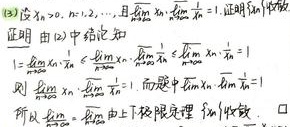
(3) 设 \(x_n>0,n = 1,2,\cdots\)，且 \(\lim\limits_{n\rightarrow\infty}x_n\cdot\sum\limits_{k = 1}^{n}\frac{1}{x_k}=1\). 证明 \(\sum\limits_{n = 1}^{\infty}x_n\) 收敛。

证明：由(2)中结论知
\[1=\lim\limits_{n\rightarrow\infty}x_n\cdot\sum\limits_{k = 1}^{n}\frac{1}{x_k}\leq\lim\limits_{n\rightarrow\infty}x_n\cdot\lim\limits_{n\rightarrow\infty}\sum\limits_{k = 1}^{n}\frac{1}{x_k}=1\]
则 \(\lim\limits_{n\rightarrow\infty}x_n\cdot\lim\limits_{n\rightarrow\infty}\sum\limits_{k = 1}^{n}\frac{1}{x_k}=1\)。而题中 \(\lim\limits_{n\rightarrow\infty}x_n\cdot\sum\limits_{k = 1}^{n}\frac{1}{x_k}=1\)，所以 \(\lim\limits_{n\rightarrow\infty}\frac{1}{x_n}\) 。由上极限定理知 \(\sum\limits_{n = 1}^{\infty}x_n\) 收敛。  \(\square\)